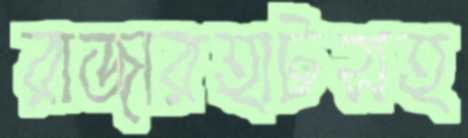
রাজারহাটসহ